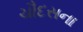
ચૌદસના